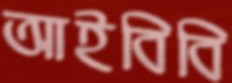
আইবিবি